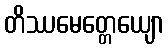
တိဿမေတ္တေယျော